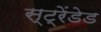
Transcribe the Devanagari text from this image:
स्ट्रेंडेड